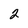
Character: 2